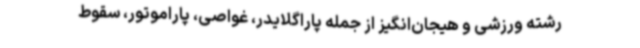
رشته ورزشی و هیجان‌انگیز از جمله پاراگلایدر، غواصی، پاراموتور، سقوط